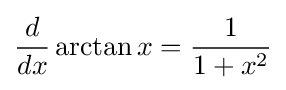
{\frac {d}{dx}}\arctan x={\frac {1}{1+x^{2}}}